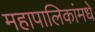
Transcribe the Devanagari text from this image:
महापालिकांमधे